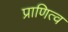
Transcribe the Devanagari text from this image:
प्राणित्व